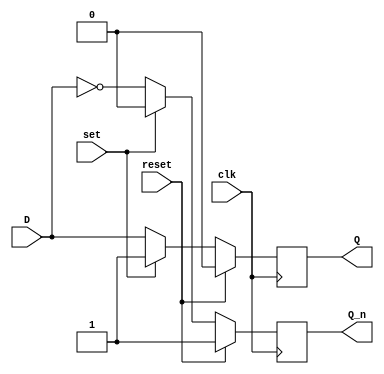
module D_FF (
  input      clk, reset, set, D,
  output reg Q, Q_n
);
  always @ (posedge clk) begin
    if (reset) begin
      Q   <= 0;
      Q_n <= 1;
    end else if (set) begin
      Q   <= 1;
      Q_n <= 0;
    end else begin
      Q   <= D;
      Q_n <= ~D;
    end
  end
endmodule